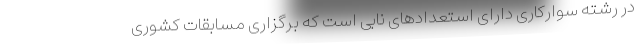
در رشته سوارکاری دارای استعدادهای نابی است که برگزاری مسابقات کشوری